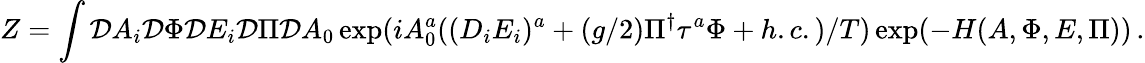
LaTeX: Z=\int{\cal D}A_{i}{\cal D}\Phi{\cal D}E_{i}{\cal D}\Pi{\cal D}A_{0}\exp(iA_{0}^{a}((D_{i}E_{i})^{a}+(g/2)\Pi^{\dagger}\tau^{a}\Phi+h.c.)/T)\exp(-H(A,\Phi,E,\Pi))\, .